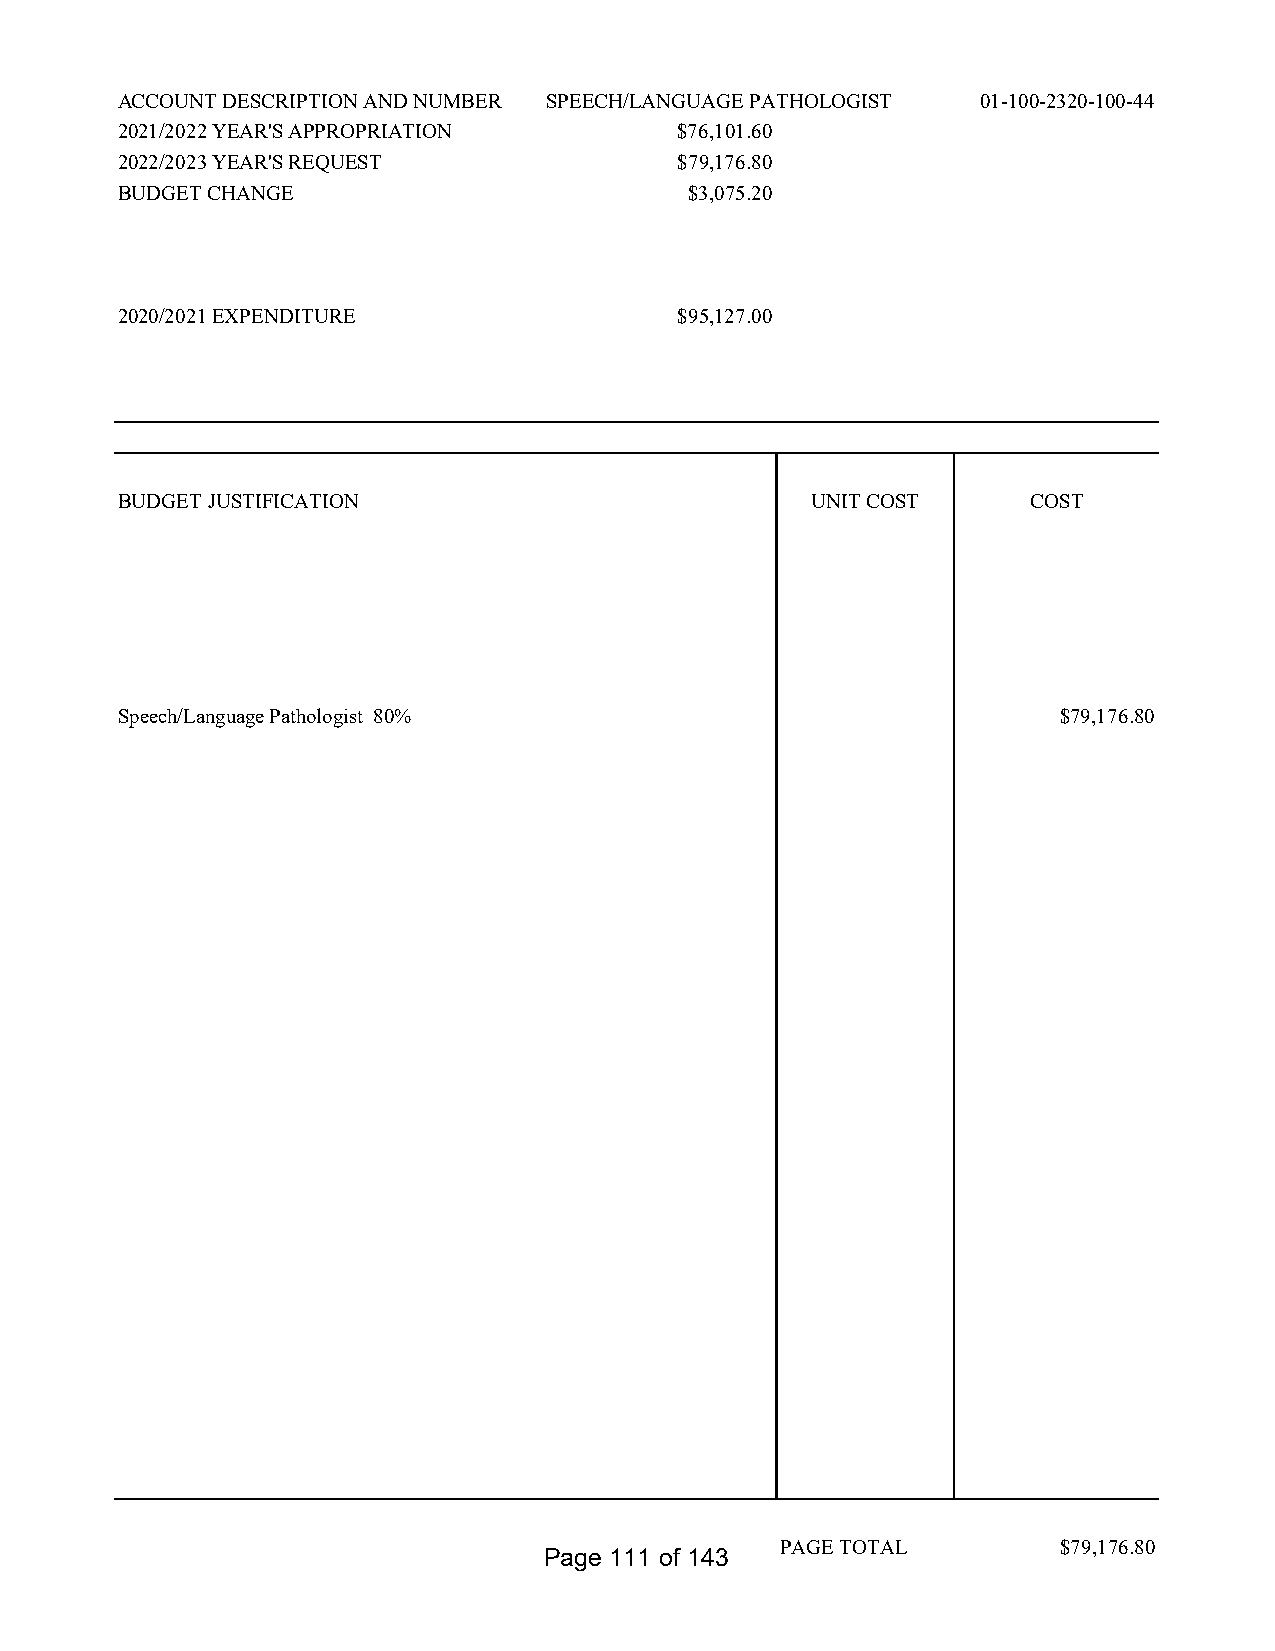
ACCOUNT DESCRIPTION AND NUMBER SPEECH/LANGUAGE PATHOLOGIST 01-100-2320-100-44
 2021/2022 YEAR'S APPROPRIATION       $76,101.60
 2022/2023 YEAR'S REQUEST             $79,176.80
 BUDGET CHANGE                         $3,075.20
 2020/2021 EXPENDITURE                $95,127.00
 BUDGET JUSTIFICATION                          UNIT COST     COST
 Speech/Language Pathologist 80%                               $79,176.80
 PAGE TOTAL        $79,176.80
 Page 111 of 143